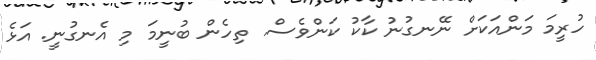
ހުރީމަ މަންއަކަށް ނޭނގުނު ކާކު ކަންވެސް. ތިހެން ބުނީމަ މި އެނގުނީ. އަޅެ